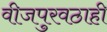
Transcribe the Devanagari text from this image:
वीजपुरवठाही